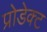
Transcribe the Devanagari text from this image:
प्रोडेक्ट